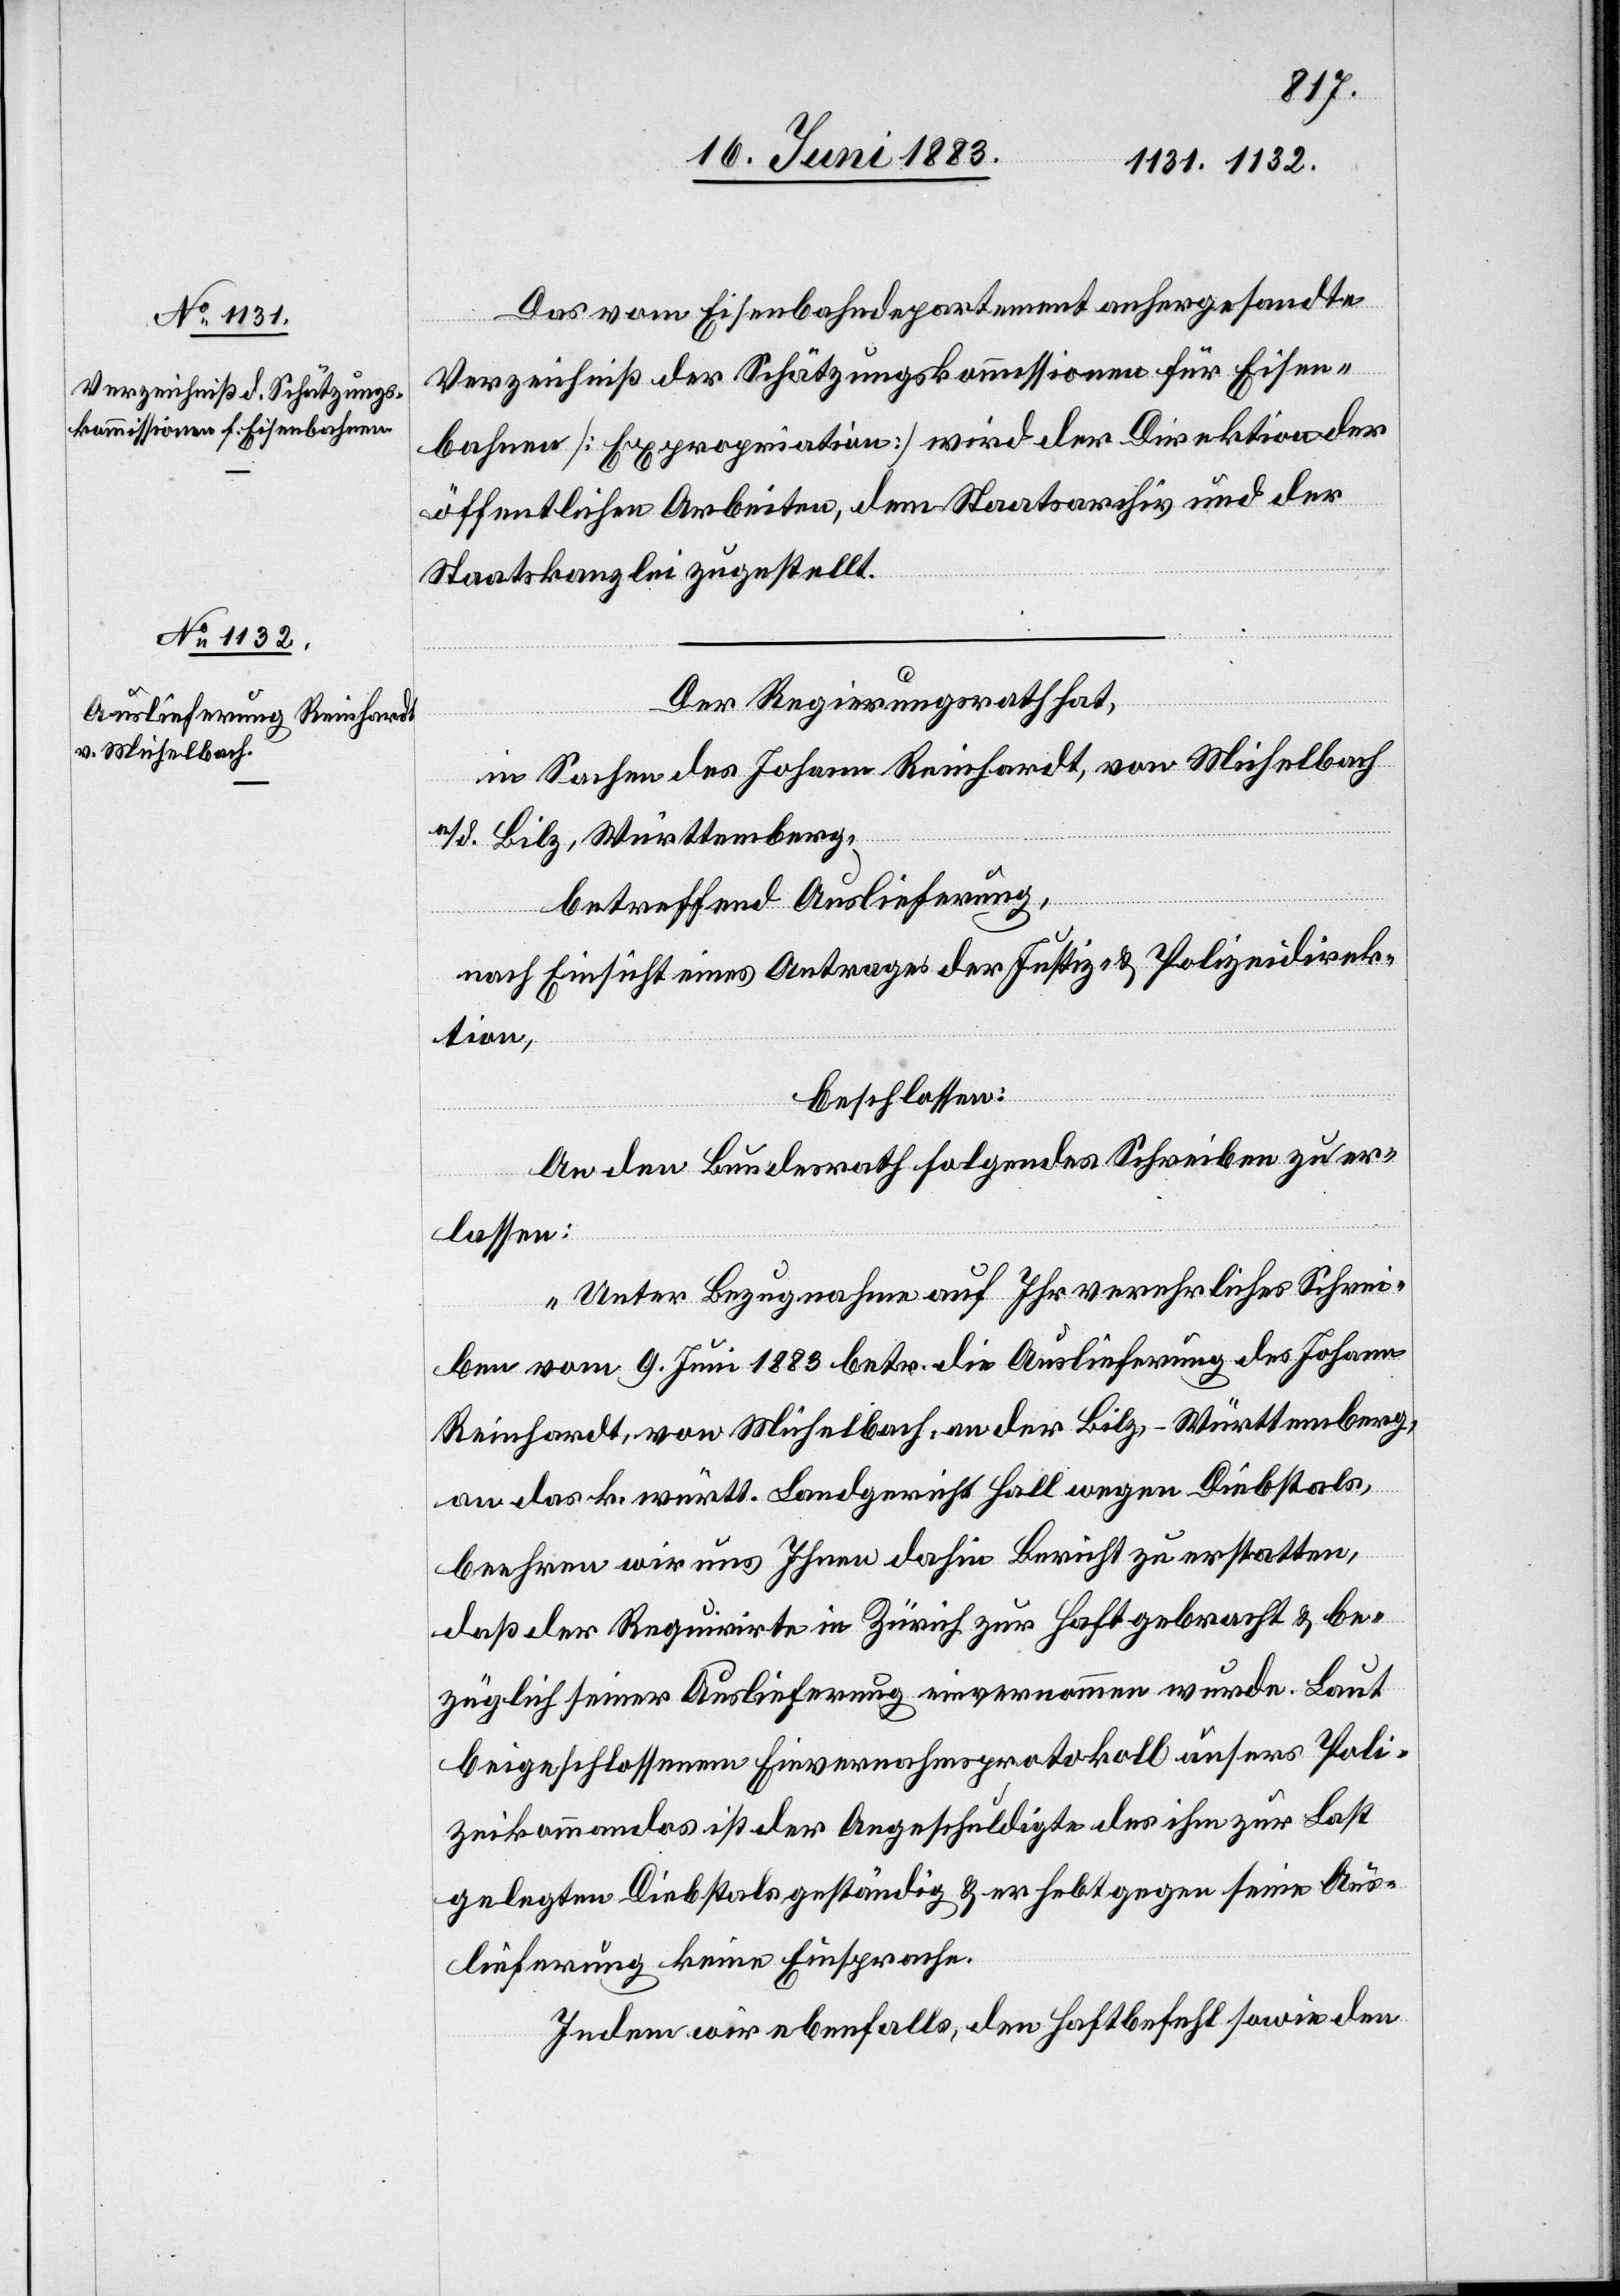
18. Juni 1883.]
Das vom Eisenbahndepartement anhergesandte
Verzeichniß der Schätzungskommissionen für Eisen¬
bahnen [Expropriation] wird der Direktion der
öffentlichen Arbeiten, dem Staatsarchiv und der
Staatskanzlei zugestellt.
Der Regierungsrath hat,
in Sachen des Johann Reinhardt, von Michelbach
a/d. Bilz, Württemberg,
betreffend Auslieferung,
nach Einsicht eines Antrages der Justiz- & Polizeidirek¬
tion,
beschlossen:
An den Bundesrath folgendes Schreiben zu er¬
lassen:
„Unter Bezugnahme auf Ihr verehrliches Schrei¬
ben vom 9. Juni 1883 betr. die Auslieferung des Johann
Reinhardt, von Michelbach, an der Bilz - Württemberg,
an das k. württ. Landgericht Hall wegen Diebstals,
beehren wir uns Ihnen dahin Bericht zu erstatten,
daß der Requirirte in Zürich zur Haft gebracht & be¬
züglich seiner Auslieferung einvernommen wurde. Laut
beigeschlossenem Einvernahmsprotokoll unser[e]s Poli¬
zeikommandos ist der Angeschuldigte der ihm zur Last
gelegten Diebstals geständig & erhebt gegen seine Aus¬
lieferung keine Einsprache.
Indem wir ebenfalls, den Haftbefehl sowie den